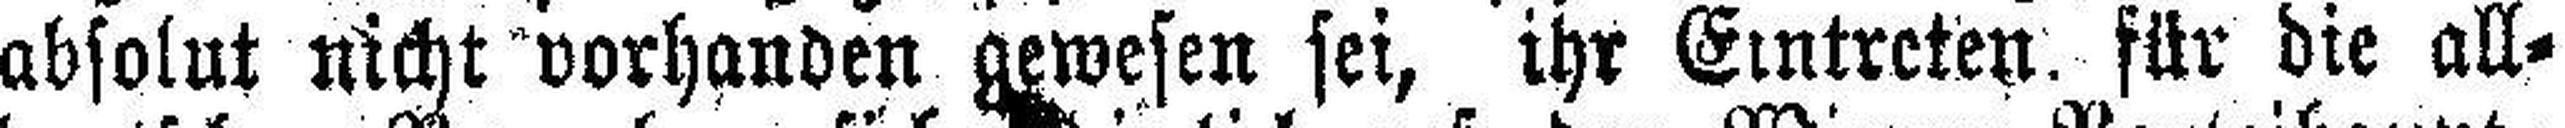
absolut nicht vorhanden gewesen sei, ihr Eintreten für die all¬